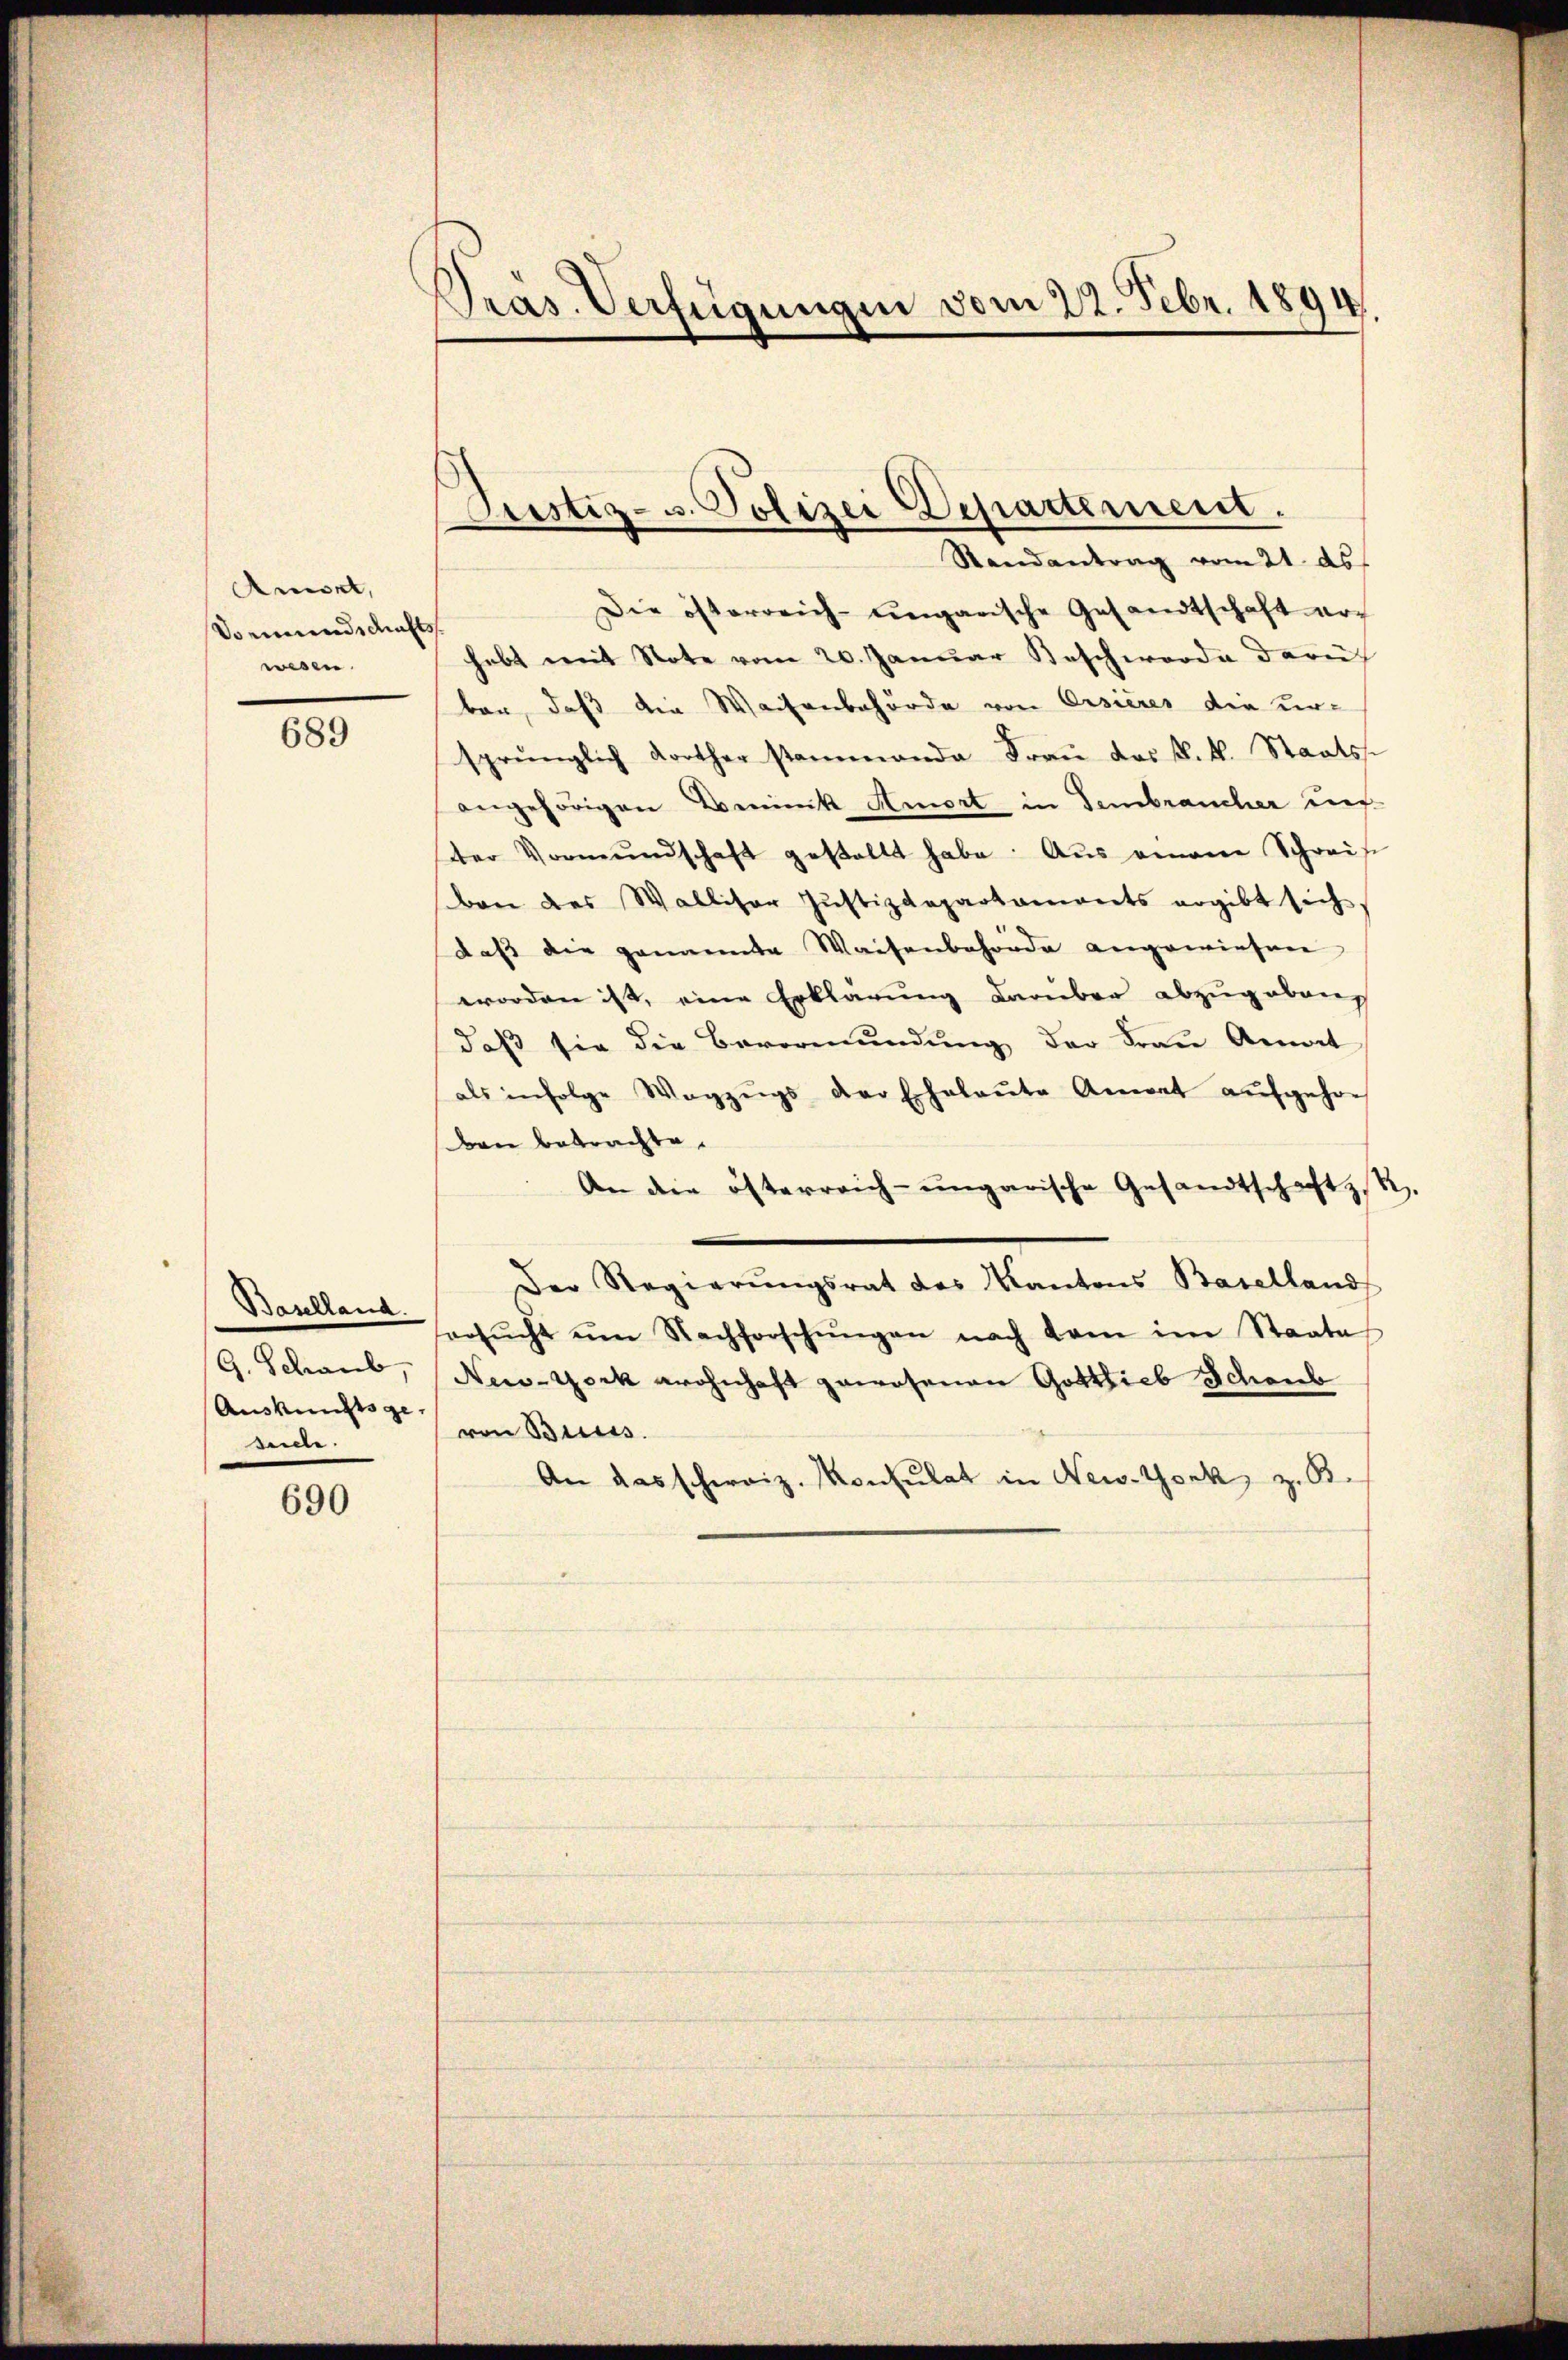
Amort,
Sormundschaftss
wesen.

689

Baselland.
G. Schaub,
sice.

690

Präs. Verfügungen vom 22. Febr. 1894.

Die österreich-ungarische Gesandtschaft er-
hebt mit Note vom 20. Janŭar Beschwerde darü
bar, daß die Waisenbehörde von Ersières die ur-
sprünglich Korther stammanda Frau das k. k. Staats-
angehörigen Beminik Amort in Gebraucher un
tter Vormŭndschaft gestellt habe. Aus einem Schreise
ben des Walliser Justizdepartaments ergibt sich
daβ die genannte Waisenbehörde angewiesen
worden ist, eine Erklärung darüber abzugeben
daß sie die Bevormundung der Frau Annat
als infolge Wegzŭgs der Ehelaŭte Anwat aŭfgehor
ben betrachte.
An die österreich-ungarische Gesandtschaft, R.
Der Regierŭngsrat des Kantons Baselland
ersŭcht um Nachforschŭngen nach kam im Staate
New-York wohnhaft gewesenen Gottlieb Schönb
Auskunft ze von Biess.
An das schweiz. Konsulat in New-York, z. B.

Justiz- u. Polizei Departement.
Randantrag vom 21. ds.